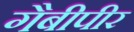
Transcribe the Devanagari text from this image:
गैबीपीर